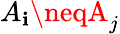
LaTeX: A_{\mathbf{i}}\neqA_{j}